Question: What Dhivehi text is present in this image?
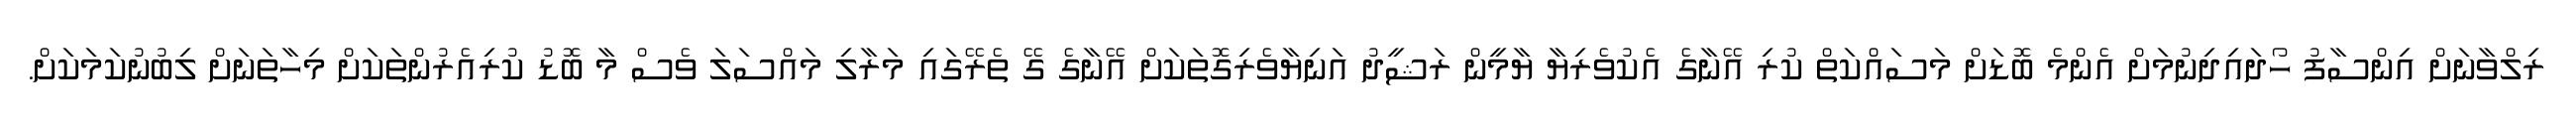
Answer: ރިލްވާނަށް އިންސާފު ހޯދައިދިނުމަށް އެންމެ ބޮޑަށް މަސައްކަތް ކުރި އޭނާގެ އެކުވެރިޔާ ޔާމީން ރަޝީދު އަނިޔާވެރިގޮތަކަށް އޭނާގެ ގޭ ތެރޭގައި މަރާލި މައްސަލަ ވެސް މާ ބޮޑު ކުރިއެރުންތަކަށް މިހާތަނަށް ލިބުނުކަމަކަށް.